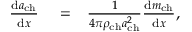
\begin{array} { r l r } { \frac { \mathrm { d } a _ { \mathrm { c h } } } { \mathrm { d } x } } & { { } = } & { \frac { 1 } { 4 \pi \rho _ { \mathrm { c h } } a _ { \mathrm { c h } } ^ { 2 } } \frac { \mathrm { d } m _ { \mathrm { c h } } } { \mathrm { d } x } , } \end{array}